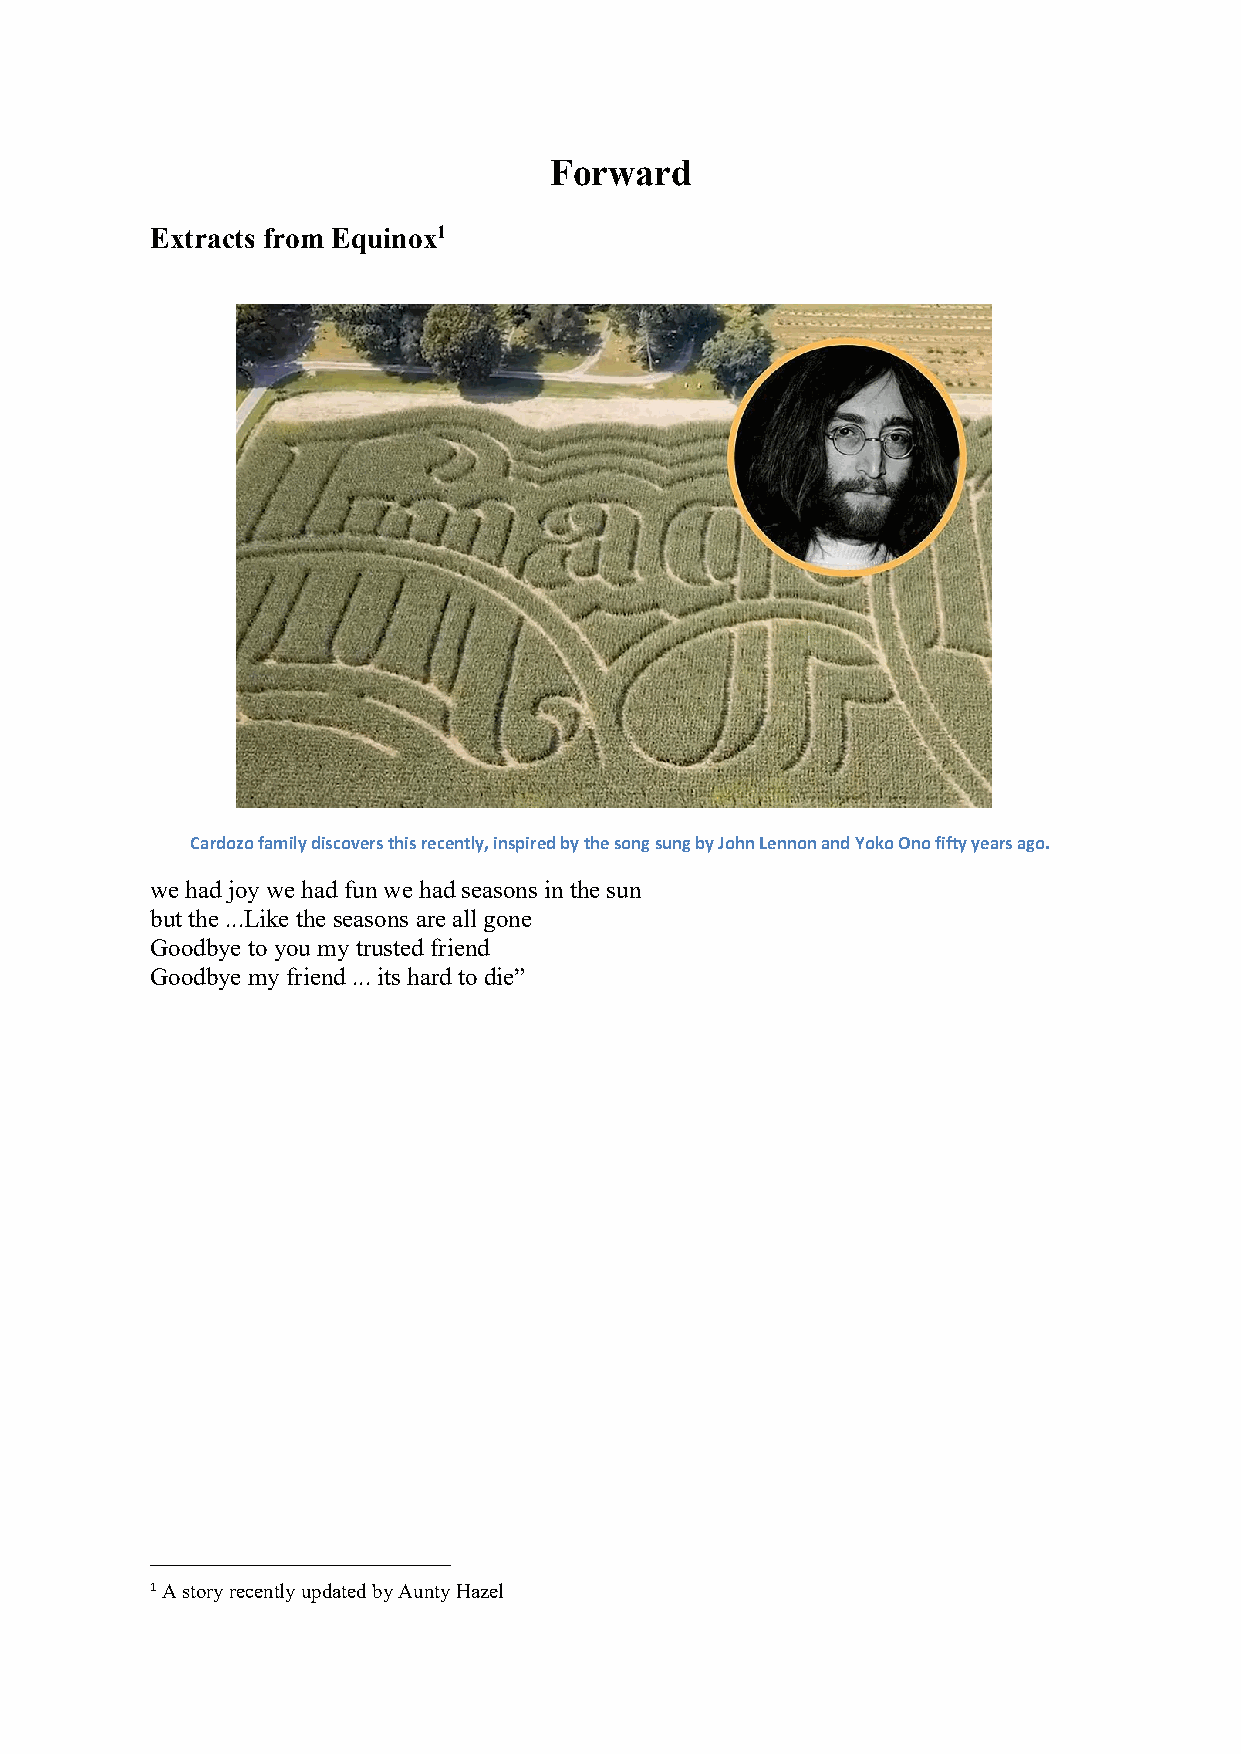
Forward
 Extracts from Equinox1
 Cardozofamilydiscoversthisrecently,inspiredbythesongsungbyJohnLennonandYokoOnofiftyyearsago.
 wehad joy wehad funwe had seasons in thesun
 butthe ...Like theseasons are allgone
 Goodbye to you my trusted friend
 Goodbye my friend ...itshard todie”
 1AstoryrecentlyupdatedbyAuntyHazel